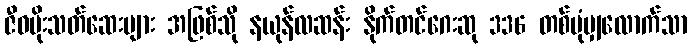
ဇီဝပိုးသတ်ဆေးများ အဖြစ်သို နယုန်လဆန်း နိုက်တင်ဂေးဆု 336 တစ်ပုံမျှလောက်သာ